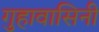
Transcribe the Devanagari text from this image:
गुहावासिनी